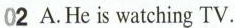
02 A.He is watching TV.